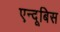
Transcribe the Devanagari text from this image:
एन्दूबिस